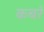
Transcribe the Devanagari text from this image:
कबरे